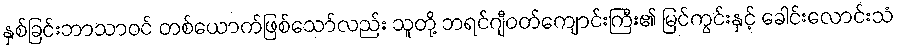
နှစ်ခြင်းဘာသာဝင် တစ်ယောက်ဖြစ်သော်လည်း သူတို့ ဘရင်ဂျီဝတ်ကျောင်းကြီး၏ မြင်ကွင်းနှင့် ခေါင်းလောင်းသံ